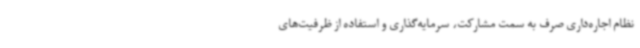
نظام اجاره‌داری صرف به سمت مشارکت، سرمایه‌گذاری و استفاده از ظرفیت‌های